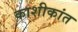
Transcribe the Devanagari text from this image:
काशीकांत